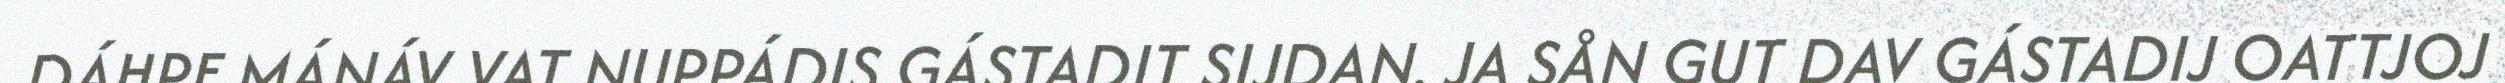
DÁHPE MÁNÁV VAT NUPPÁDIS GÁSTADIT SIJDAN. JA SÅN GUT DAV GÁSTADIJ OATTJOJ